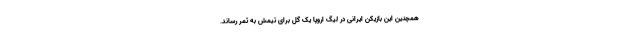
همچنین این بازیکن ایرانی در لیگ اروپا یک گل برای تیمش به ثمر رساند.